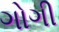
ગોગી